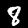
Digit: 8